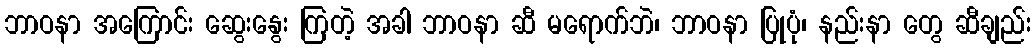
ဘာဝနာ အကြောင်း ဆွေးနွေး ကြတဲ့ အခါ ဘာဝနာ ဆီ မရောက်ဘဲ၊ ဘာဝနာ ပြုပုံ၊ နည်းနာ တွေ ဆီချည်း